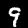
Label: 9